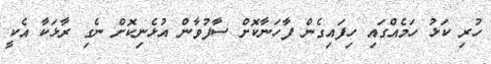
ހުރި ކަޅު ހަމެއްގައި ހިފައިގެން ފާހަނާކޮށް ސާފުވާން އުޅެނިކޮށް ނެގި ރާޅަކާ އެކީ